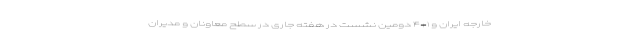
خارجه ایران و ۱+۴ دومین نشست در هفته جاری در سطح معاونان و مدیران